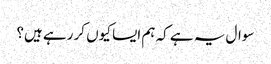
سوال یہ ہے کہ ہم ایسا کیوں کر رہے ہیں؟